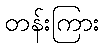
တန်းကြား